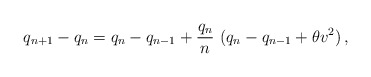
\begin{align*}q_{n+1}-q_{n}=q_{n}-q_{n-1}+{q_{n}\over n}\,\,(q_{n}-q_{n-1}+\theta v^{2})\,,\end{align*}